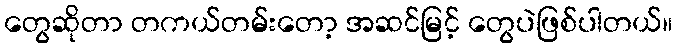
တွေဆိုတာ တကယ်တမ်းတော့ အဆင်မြင့် တွေပဲဖြစ်ပါတယ်။